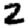
Digit: 2